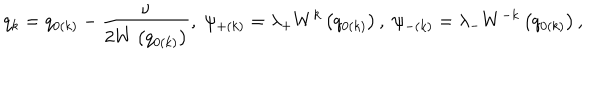
LaTeX: q _ { k } = q _ { 0 \left( k \right) } - \frac \nu { 2 W \left( q _ { 0 \left( k \right) } \right) } , \; \psi _ { + \left( k \right) } = \lambda _ { + } W ^ { k } \left( q _ { 0 \left( k \right) } \right) , \; \psi _ { - \left( k \right) } = \lambda _ { - } W ^ { - k } \left( q _ { 0 \left( k \right) } \right) ,